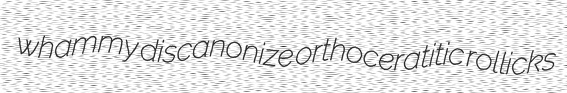
whammy discanonize orthoceratitic rollicks